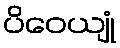
ပိဝေယျုံ